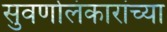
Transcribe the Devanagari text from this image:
सुवर्णालंकारांच्या